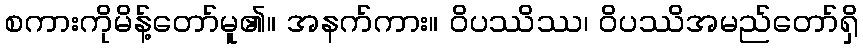
စကားကိုမိန့်တော်မူ၏။ အနက်ကား။ ဝိပဿိဿ၊ ဝိပဿိအမည်တော်ရှိ